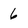
Character: 6